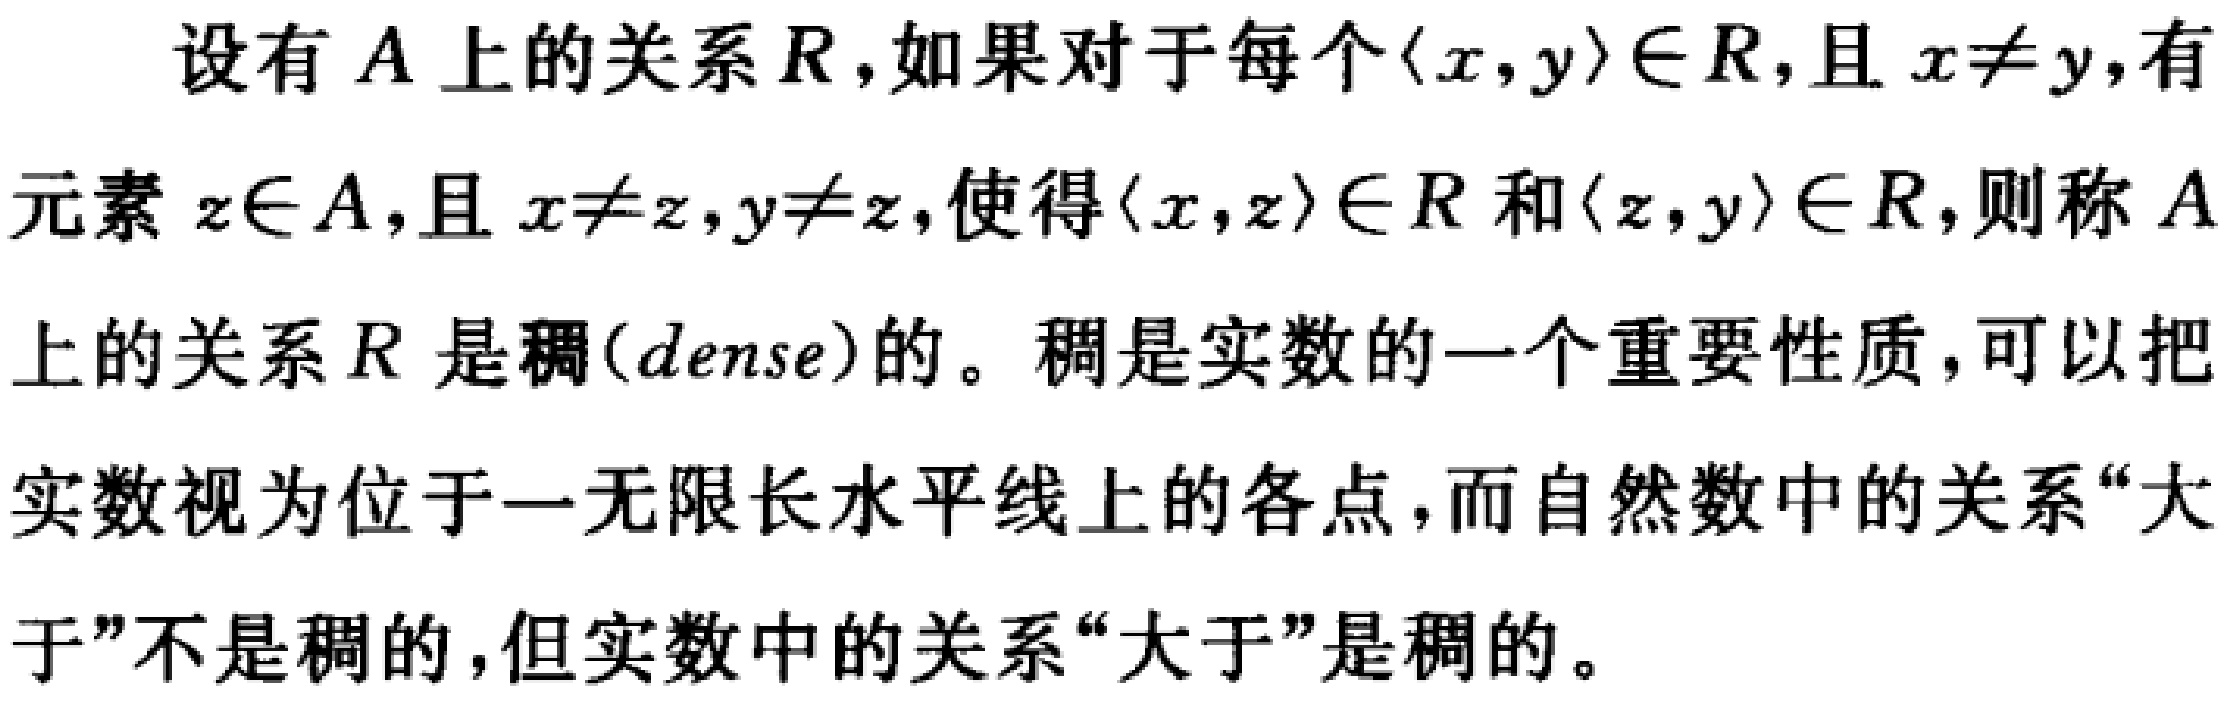
设有 \(A\) 上的关系 \(R\)，如果对于每个 \(\langle x,y\rangle\in R\)，且 \(x\neq y\)，有
元素 \(z\in A\)，且 \(x\neq z\)，\(y\neq z\)，使得 \(\langle x,z\rangle\in R\) 和 \(\langle z,y\rangle\in R\)，则称 \(A\)
上的关系 \(R\) 是稠(\(dense\))的。稠是实数的一个重要性质，可以把
实数视为位于一无限长水平线上的各点，而自然数中的关系“大
于”不是稠的，但实数中的关系“大于”是稠的。